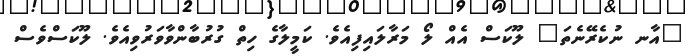
"އާނ ނުކެރޭނެތަ" ލޫކަސް އެއް ލޯ މަރާލައިފިއެވެ. ކަމީލާގެ ހިތް ގުރުބާންވާވަރުވިއެވެ. ލޫކަސްވެސް